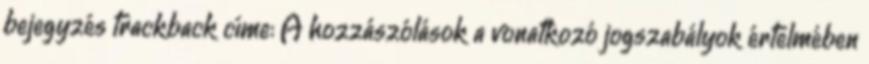
bejegyzés trackback címe: A hozzászólások a vonatkozó jogszabályok értelmében